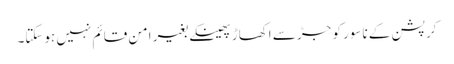
کرپشن کے ناسور کو جڑ سے اکھاڑ پھینکے بغیر امن قائم نہیں ہوسکتا۔